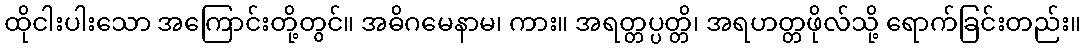
ထိုငါးပါးသော အကြောင်းတို့တွင်။ အဓိဂမေနာမ၊ ကား။ အရတ္တပ္ပတ္တိ၊ အရဟတ္တဖိုလ်သို့ ရောက်ခြင်းတည်း။